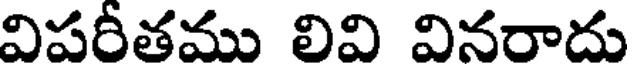
విపరీతము లివి వినరాదు